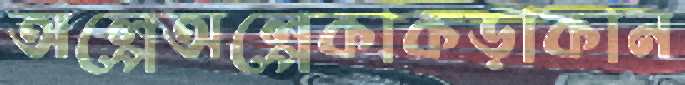
অল্পেঅল্পেকাকড়াকান